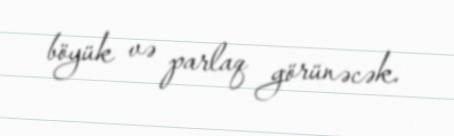
böyük və parlaq görünəcək.